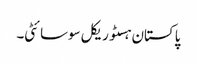
پاکستان ہسٹوریکل سوسائٹی۔